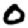
Digit: 0